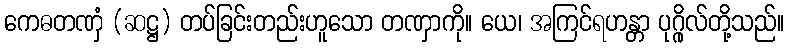
ကေဓတဏှံ (ဆဋ္ဌ) တပ်ခြင်းတည်းဟူသော တဏှာကို။ ယေ၊ အကြင်ရဟန္တာ ပုဂ္ဂိုလ်တို့သည်။